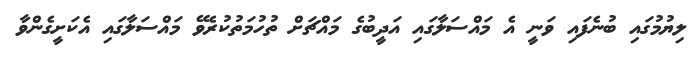
ލިޔުމުގައި ބުނެފައި ވަނީ އެ މައްސަލާގައި އަދީބުގެ މައްޗަށް ތުހުމަތުކުރެވޭ މައްސަލާގައި އެކަށީގެންވާ